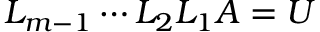
L _ { m - 1 } \cdots L _ { 2 } L _ { 1 } A = U